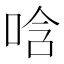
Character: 唅